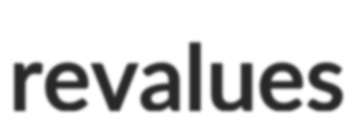
revalues